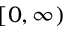
\left[ 0 , \infty \right)